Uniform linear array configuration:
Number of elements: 24
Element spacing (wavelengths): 1
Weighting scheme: hann
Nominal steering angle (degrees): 15
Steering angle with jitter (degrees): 13.102
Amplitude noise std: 0.05
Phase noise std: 0.05

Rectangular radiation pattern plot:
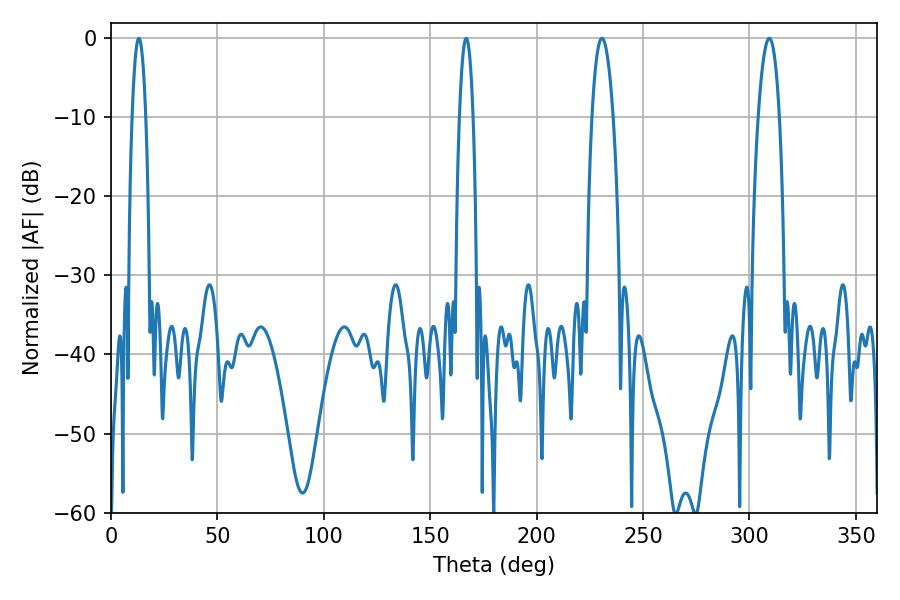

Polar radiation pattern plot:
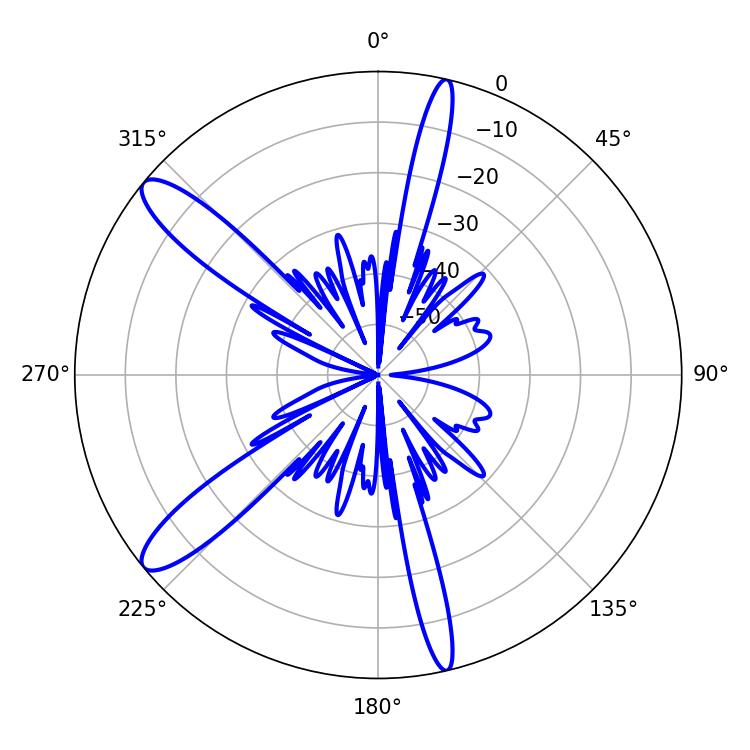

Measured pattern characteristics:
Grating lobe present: TRUE
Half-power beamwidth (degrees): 5.4
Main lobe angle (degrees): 230.76